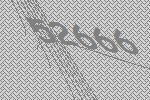
52666